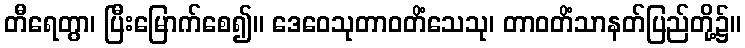
တီရေတွာ၊ ပြီးမြောက်စေ၍။ ဒေဝေသုတာဝတိံသေသု၊ တာဝတိံသာနတ်ပြည်တို့၌။